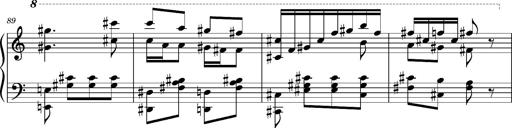
Title: Ungarischer Romanzero
Composer: Franz Liszt